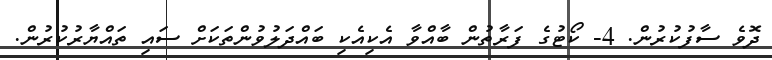
ދޮވެ ސާފުކުރުން. 4- ކޯޓުގެ ފަރާތުން ބާއްވާ އެކިއެކި ބައްދަލުވުންތަކަށް ސައި ތައްޔާރުކުރުން.